Scottish Leaving Certificate Examination, 1957
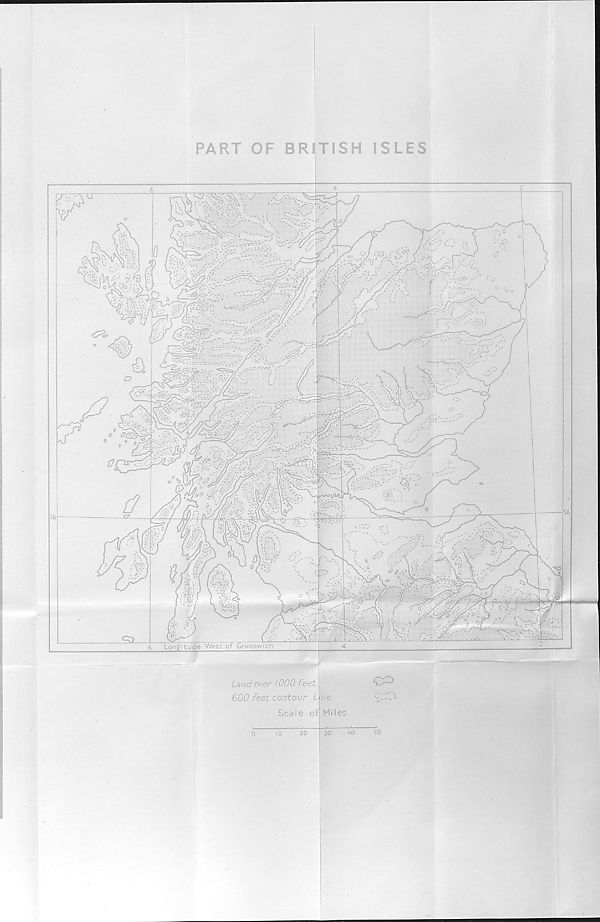
PART OF BRITISH ISLES
U'
Land over 1000 feet
600 feet contour L
Scale of
ne
Mi les